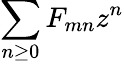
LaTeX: \sum_{n\geq 0}F_{mn}z^{n}